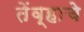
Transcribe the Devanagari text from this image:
तेंव्हाचे